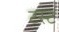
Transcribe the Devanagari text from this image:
टस्ट